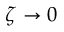
\zeta \to 0